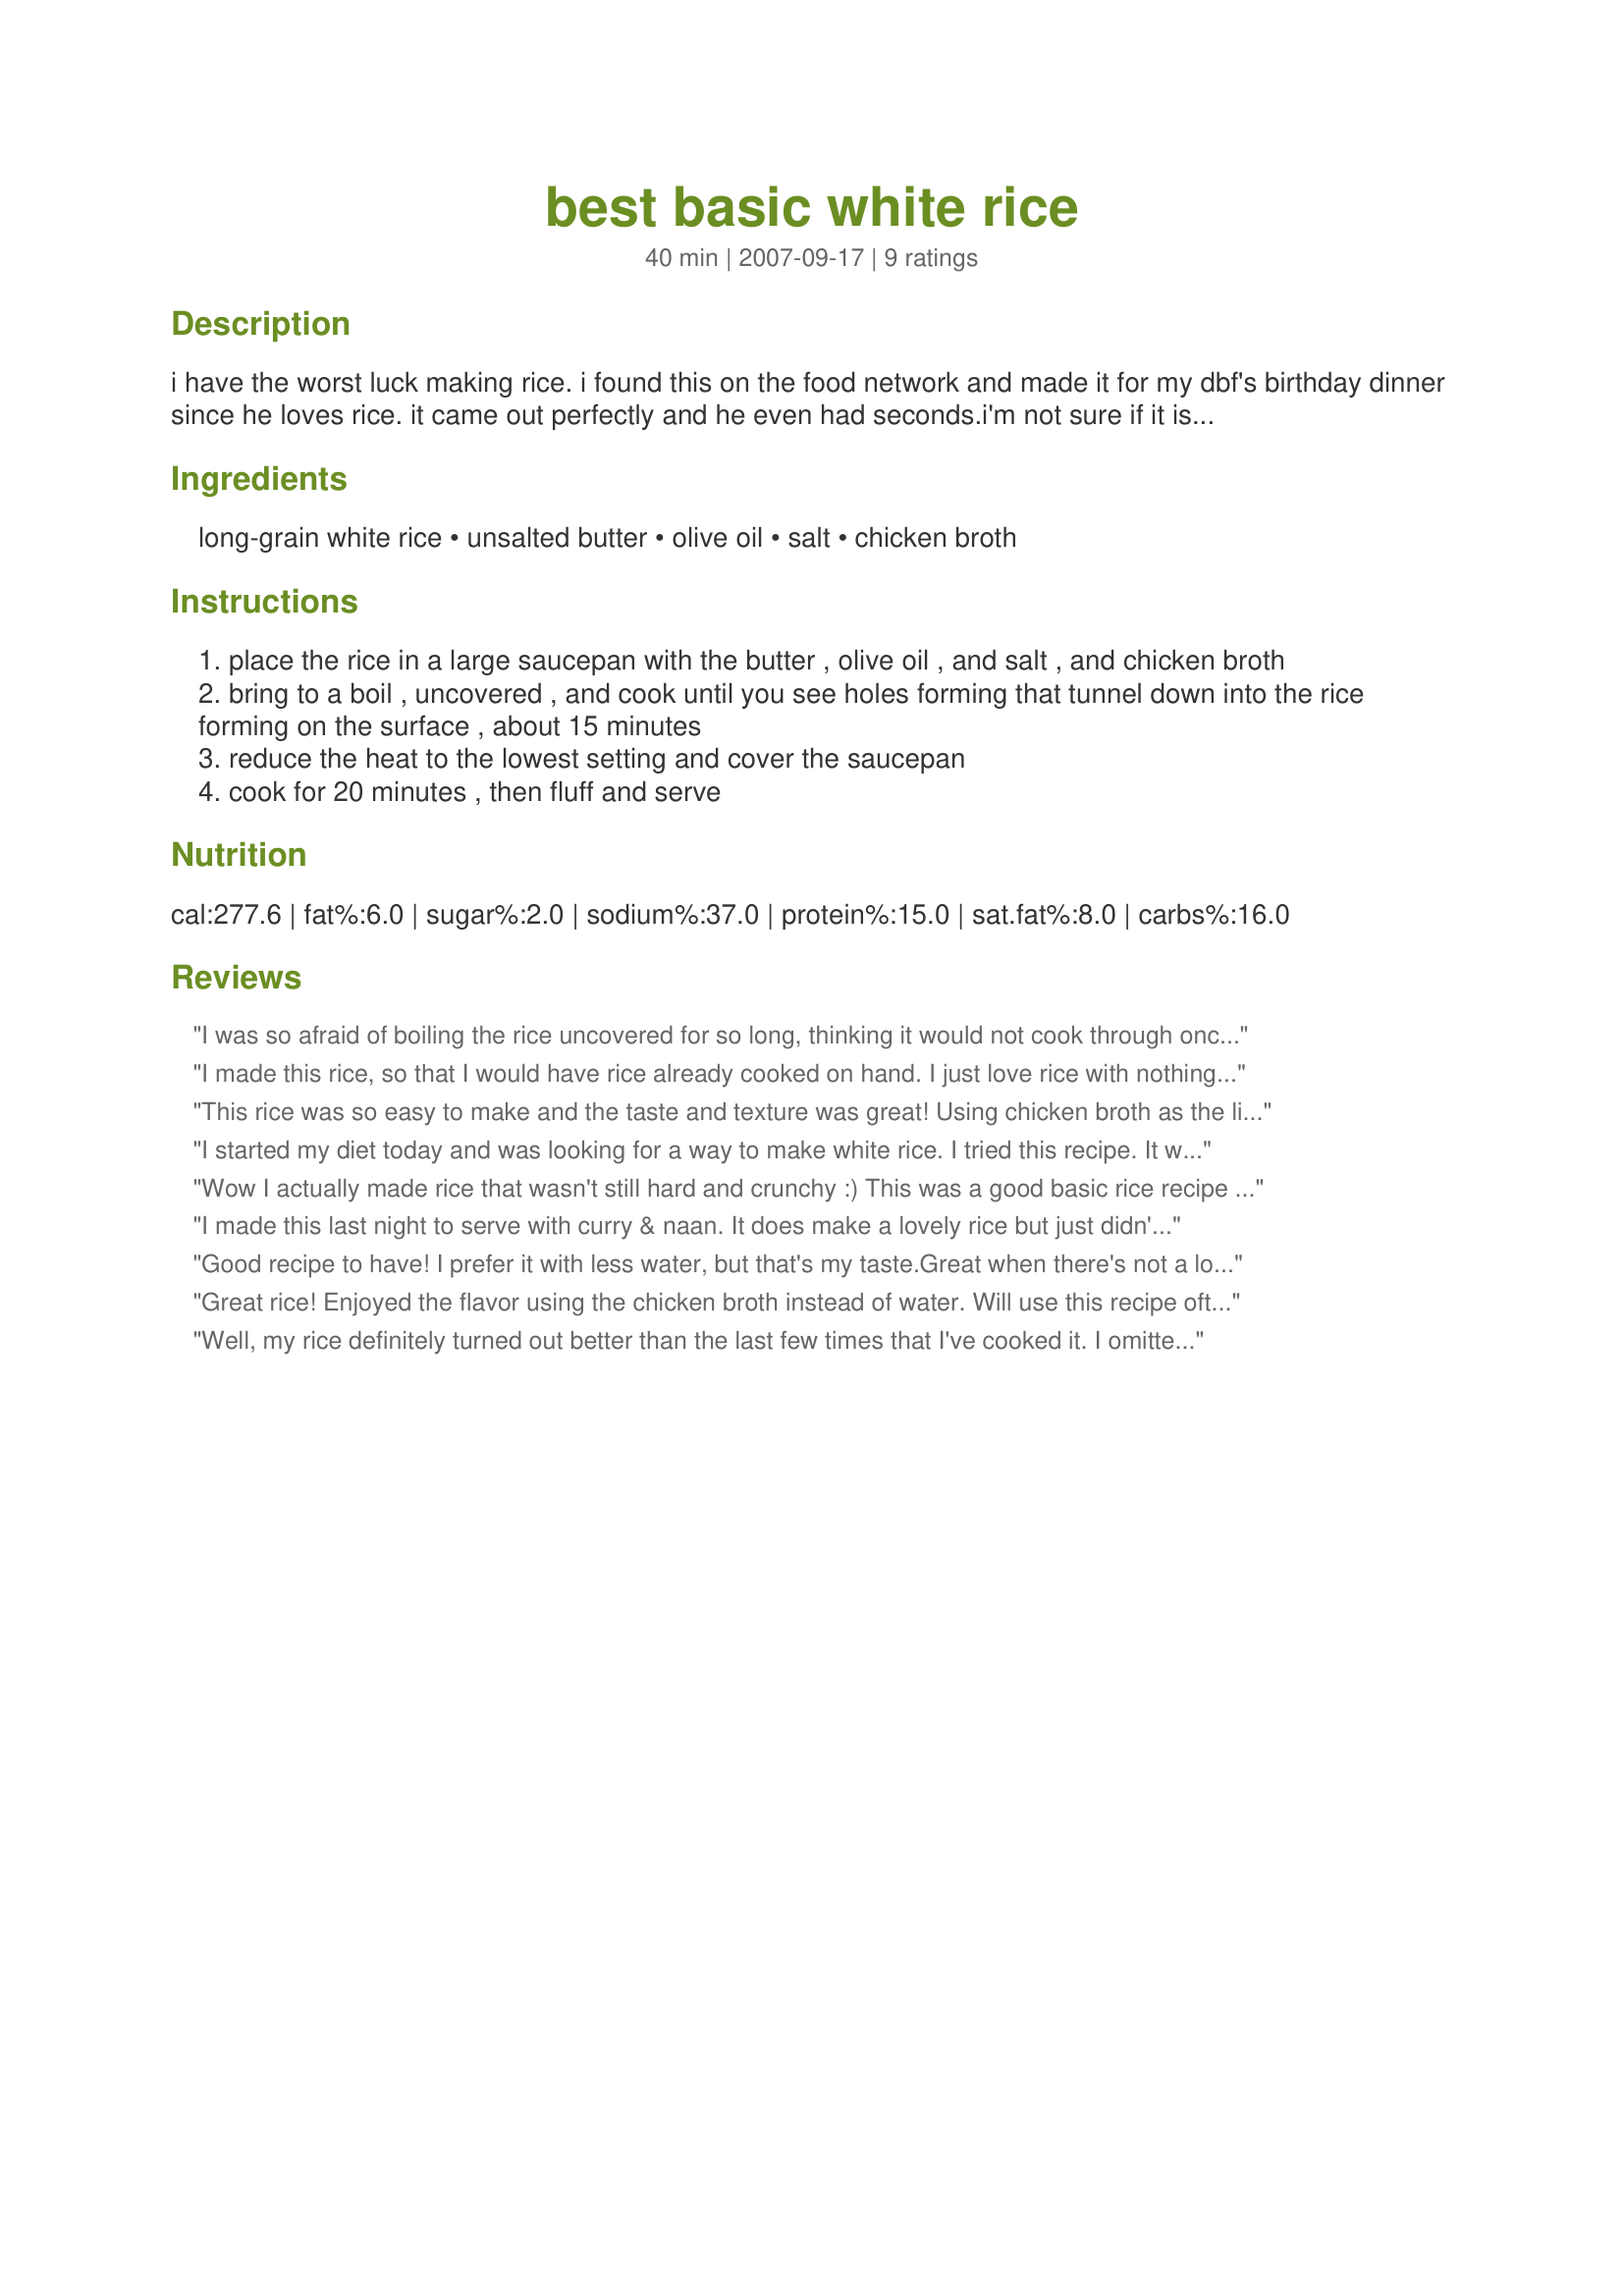
best basic white rice
Preparation time: 40 minutes

i have the worst luck making rice. i found this on the food network and made it for my dbf's birthday dinner since he loves rice. it came out perfectly and he even had seconds.i'm not sure if it is the "best" but it certainly is wonderful!

Ingredients:
long-grain white rice, unsalted butter, olive oil, salt, chicken broth

Steps:
place the rice in a large saucepan with the butter , olive oil , and salt , and chicken broth
bring to a boil , uncovered , and cook until you see holes forming that tunnel down into the rice forming on the surface , about 15 minutes
reduce the heat to the lowest setting and cover the saucepan
cook for 20 minutes , then fluff and serve

Reviews:
I was so afraid of boiling the rice uncovered for so long, thinking it would not cook through once the heat was reduced and the pot was covered. But, to my surprise, it turned out wonderfully. I will be making this rice again! Thanks!
I made this rice, so that I would have rice already cooked on hand. I just love rice with nothing but butter on it. This recipe gave it a fuller flavor.....I guess because of the broth. This is how I will make all rice from now on. Wrote down recipe and put it in the jar that I keep my rice in. Thank you. Made for ZWT4 Team: Chic Chefs
This rice was so easy to make and the taste and texture was great! Using chicken broth as the liquid ingredient really made for a very flavorful rice. Thanks, cd~
I started my diet today and was looking for a way to make white rice. I tried this recipe. It was great will definatly make it again. thanks for the recipe
Wow I actually made rice that wasn't still hard and crunchy :) This was a good basic rice recipe just as the name implies.
I made this last night to serve with curry & naan. It does make a lovely rice but just didn't have that light fluffy traditional texture that we love with curry. I reckon that this would be good though with spices added to cut through the taste of the stock. It's also similar to a recipe I have that has spices in it & is used for a base as a pilaf, so maybe we didn't have the right accompaniment? (This rice started off a conversation about whether you ever boil rice or purely just leave it on low & it effectively steams it, the things we talk about when we cook!). Thanks cookiedog.
Good recipe to have! I prefer it with less water, but that's my taste.Great when there's not a lot of time and I need a quick rice dish. I liked the addition of chicken broth.Thanks for sharing.
Great rice! Enjoyed the flavor using the chicken broth instead of water. Will use this recipe often. Made and reviewed for ZWT 4.
Well, my rice definitely turned out better than the last few times that I've cooked it. I omitted the butter for health reasons and added a few more spices. This was a good basic technique. Made for ZWT 4.
Thanks.
